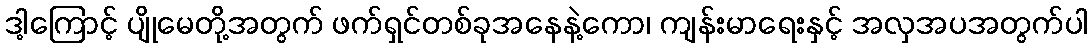
ဒါ့ကြောင့် ပျိုမေတို့အတွက် ဖက်ရှင်တစ်ခုအနေနဲ့ကော၊ ကျန်းမာရေးနှင့် အလှအပအတွက်ပါ